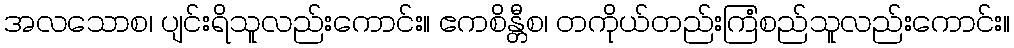
အလသောစ၊ ပျင်းရိသူလည်းကောင်း။ ဧကစိန္တီစ၊ တကိုယ်တည်းကြံစည်သူလည်းကောင်း။